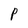
Character: P